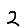
Digit: 2